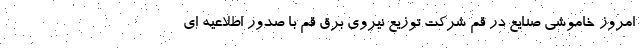
امروز خاموشی صنایع در قم شرکت توزیع نیروی برق قم با صدور اطلاعیه ای